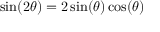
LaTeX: \sin ( 2 \theta ) = 2 \sin ( \theta ) \cos ( \theta )